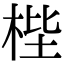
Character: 梐